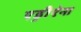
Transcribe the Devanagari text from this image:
एड्रीऐना